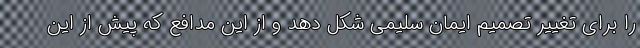
را برای تغییر تصمیم ایمان سلیمی شکل دهد و از این مدافع که پیش از این